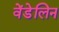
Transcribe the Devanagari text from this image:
वेंडेलिन